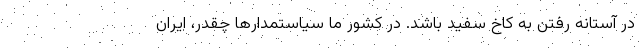
در آستانه رفتن به کاخ سفید باشد. در کشور ما سیاستمدارها چقدر، ایران